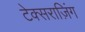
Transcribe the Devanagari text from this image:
टेक्सराज़िंग